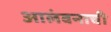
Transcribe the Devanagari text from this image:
आलंबनाची